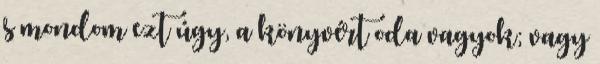
s mondom ezt úgy, a könyvért oda vagyok; vagy